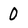
Character: 0